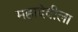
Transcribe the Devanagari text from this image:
महादेवीला